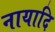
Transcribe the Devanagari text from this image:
नायादि